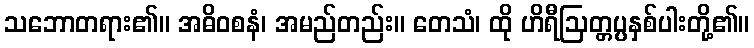
သဘောတရား၏။ အဓိဝစနံ၊ အမည်တည်း။ တေသံ၊ ထို ဟိရီဩတ္တပ္ပနှစ်ပါးတို့၏။